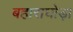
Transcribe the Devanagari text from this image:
बहाराघोड़ा